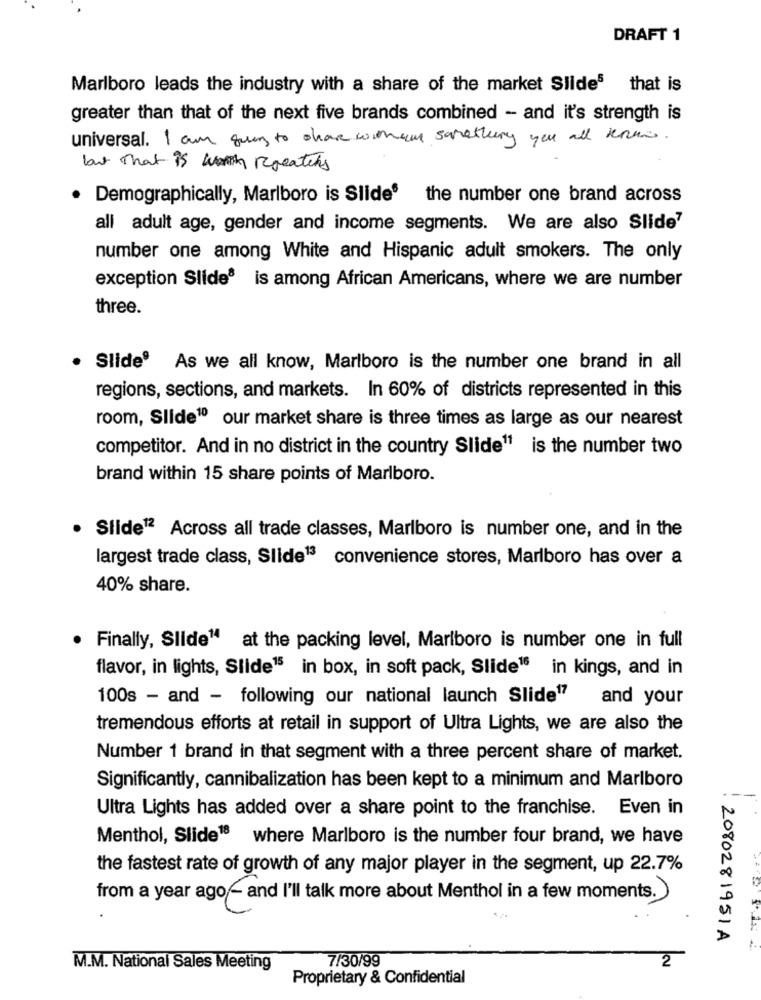
DRAFT 1
Marlboro leads the industry with a share of the market Slides that is
greater than that of the next five brands combined - and it's strength is
universal. I am going to share wonen samathury you all remains.
but that is wreaths
· Demographically, Marlboro is Slide® the number one brand across
all adult age, gender and income segments. We are also Slide7
number one among White and Hispanic adult smokers. The only
exception Slide® is among African Americans, where we are number
three.
. Slide9 As we all know, Marlboro is the number one brand in all
regions, sections, and markets. In 60% of districts represented in this
room, Slide10 our market share is three times as large as our nearest
competitor. And in no district in the country Slide11 is the number two
brand within 15 share points of Marlboro.
Slide12 Across all trade classes, Marlboro is number one, and in the
largest trade class, Slide13 convenience stores, Marlboro has over a
40% share.
Finally, Slide" at the packing level, Marlboro is number one in full
flavor, in lights, Slide15 in box, in soft pack, Slide16 in kings, and in
100s - and - following our national launch Slide17 and your
tremendous efforts at retail in support of Ultra Lights, we are also the
Number 1 brand in that segment with a three percent share of market.
Significantly, cannibalization has been kept to a minimum and Marlboro
Ultra Lights has added over a share point to the franchise. Even in
Menthol, Slide18 where Marlboro is the number four brand, we have
the fastest rate of growth of any major player in the segment, up 22.7%
from a year ago - and I'll talk more about Menthol in a few moments.)
: 2080281951A
M.M. National Sales Meeting
7/30/99
2
Proprietary & Confidential